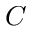
C